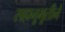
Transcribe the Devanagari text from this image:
सहानूभूतीने